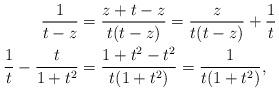
LaTeX: \begin{align*} \frac{1}{t-z} &= \frac{z+t-z}{t(t-z)} = \frac{z}{t(t-z)}+\frac{1}{t} \\ \frac{1}{t}-\frac{t}{1+t^2} &= \frac{1+t^2 -t^2}{t(1+t^2)} = \frac{1}{t(1+t^2)}, \end{align*}